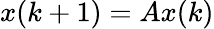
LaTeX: x(k+1)=Ax(k)